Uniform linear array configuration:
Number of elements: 32
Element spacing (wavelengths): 0.75
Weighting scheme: binomial
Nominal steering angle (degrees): -15
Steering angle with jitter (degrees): -14.534
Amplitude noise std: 0.05
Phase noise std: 0.05

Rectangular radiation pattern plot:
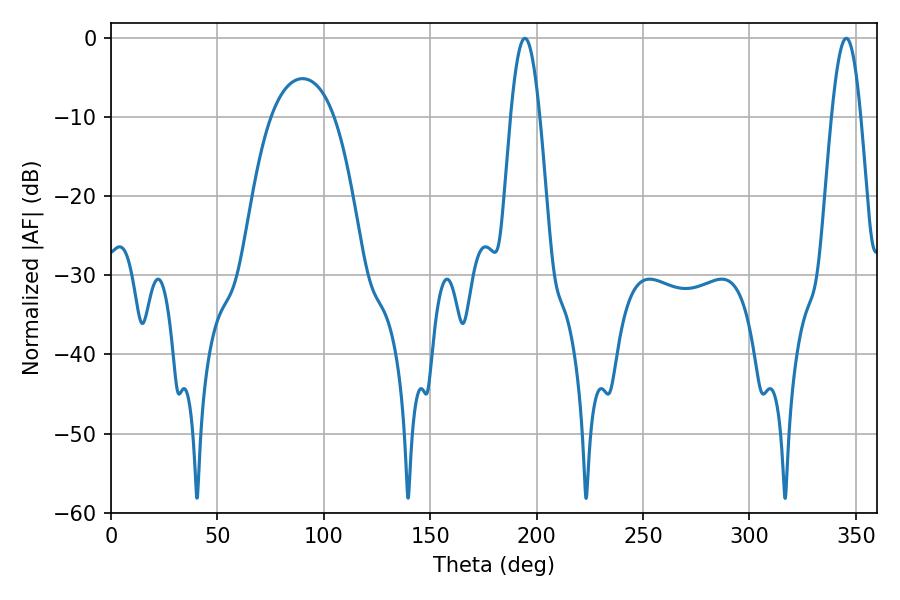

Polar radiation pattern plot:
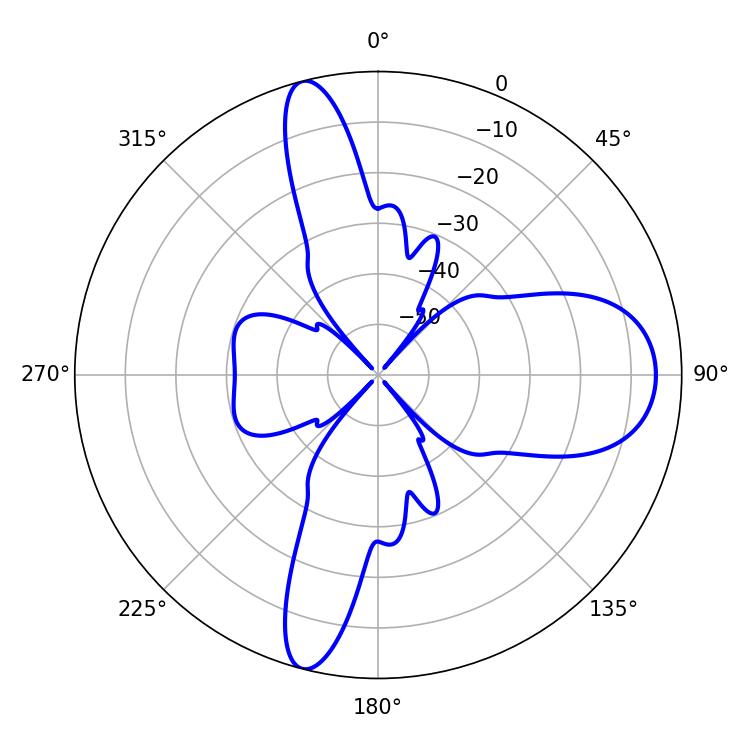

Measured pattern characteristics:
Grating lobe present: TRUE
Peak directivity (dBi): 15.233
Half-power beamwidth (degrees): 7.38
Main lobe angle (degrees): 345.42